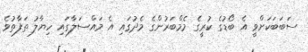
ސަބަބަކަށްވީ އެ ބޯޑުގެ ކުރީގެ މެމްބަރުންގެ މެދުގައި އެ މައްސަލާގައި ހިޔާލު ތަފާތުވެ